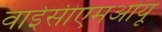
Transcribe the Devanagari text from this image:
वाईसीएमओयू